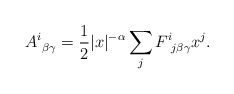
\begin{align*} A^i_{\: \: \beta \gamma} = \frac12 |x|^{- \alpha} \sum_jF^i_{\: \: j \beta \gamma} x^j.\end{align*}